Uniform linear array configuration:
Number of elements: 16
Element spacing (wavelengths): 0.75
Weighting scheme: hamming
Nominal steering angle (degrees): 30
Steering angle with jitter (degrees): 30.411
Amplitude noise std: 0.05
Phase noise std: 0.05

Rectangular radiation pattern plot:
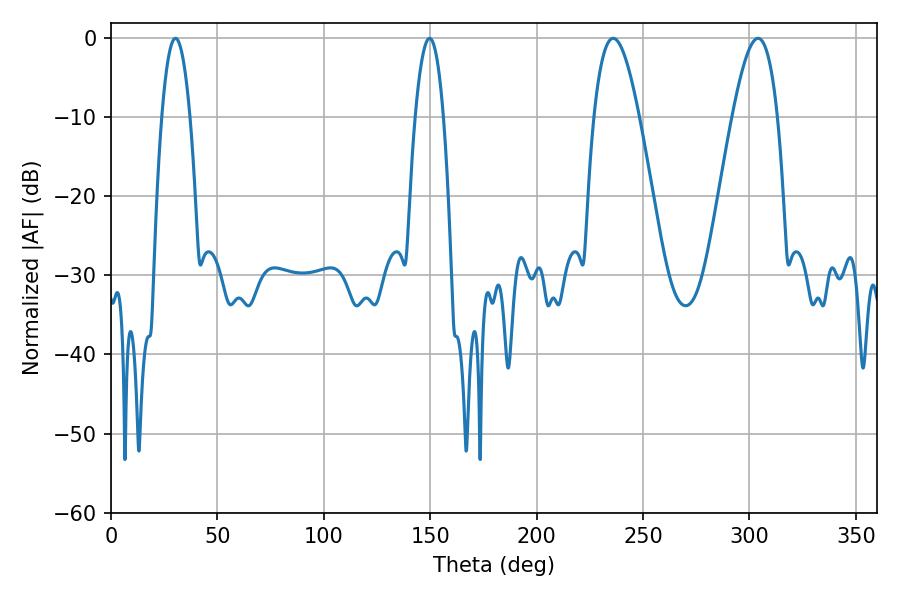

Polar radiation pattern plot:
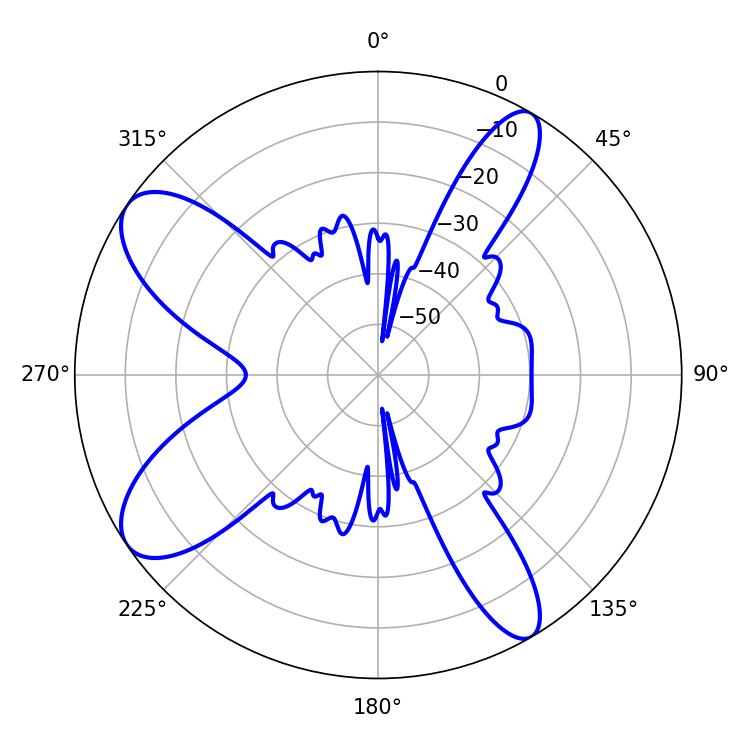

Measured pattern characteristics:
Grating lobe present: TRUE
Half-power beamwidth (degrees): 11.52
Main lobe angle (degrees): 235.98